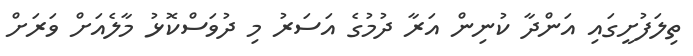
ތިލަފުށީގައި އަންދާ ކުނިން އަރާ ދުމުގެ އަސަރު މި ދުވަސްކޮޅު މާލެއަށް ވަރަށް